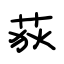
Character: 荻